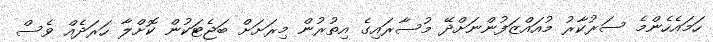
ހަމައެހެންމެ ސަރުކާރު މުއައްޒަފުންނަށްދޭ މުސާރައިގެ އިތުރުން މިރަށަށް ބަޖެޓަކުން ކޮށްލާ ހަރަދެއް ވެސް